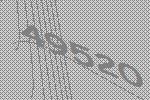
49520